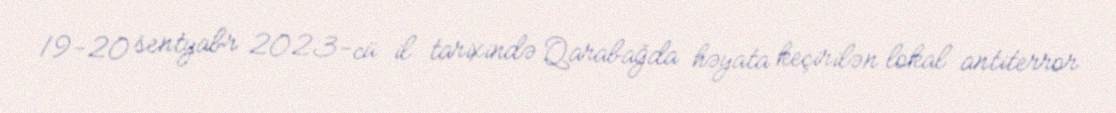
19-20 sentyabr 2023-cü il tarixində Qarabağda həyata keçirilən lokal antiterror